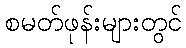
စမတ်ဖုန်းများတွင်